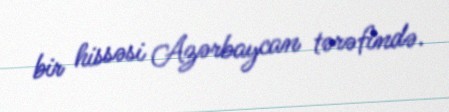
bir hissəsi Azərbaycan tərəfində.